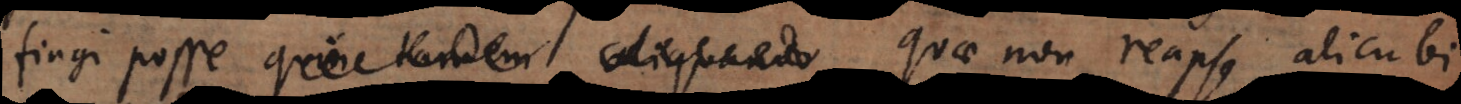
fingi posse quin tandem aliquando quae non reapse alicubi